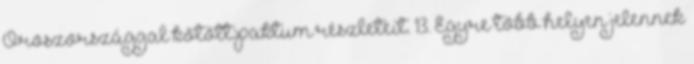
Oroszországgal kötött paktum részleteit. 13. Egyre több helyen jelennek